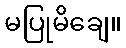
မပြုမိချေ။